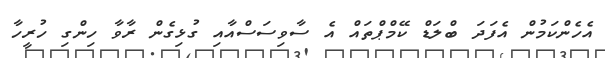
އެހެންކަމުން އެފަދަ ބްލަޑް ކޭމްޕްތައް އެ ސާވިސަސްއާއި ގުޅިގެން ރާވާ ހިންގި ހުރީހާ